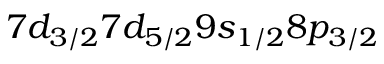
7 d _ { 3 / 2 } 7 d _ { 5 / 2 } 9 s _ { 1 / 2 } 8 p _ { 3 / 2 }